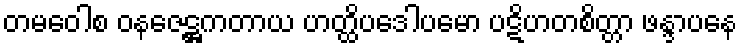
တမဝေါစ ဝနဇေဋ္ဌကတာယ ဟတ္ထိပဒေါပမော ပဋိဟတစိတ္တာ ဖန္ဒာပနေ